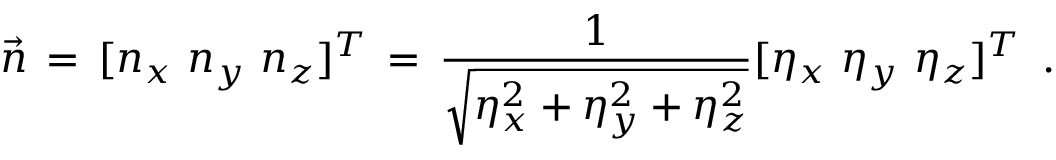
{ \vec { n } \, = \, [ n _ { x } \, \, n _ { y } \, \, n _ { z } ] ^ { T } \, = \, \frac { 1 } { \sqrt { \eta _ { x } ^ { 2 } + \eta _ { y } ^ { 2 } + \eta _ { z } ^ { 2 } } } [ \eta _ { x } \ \eta _ { y } \ \eta _ { z } ] ^ { T } \, \mathrm { ~ . ~ } }